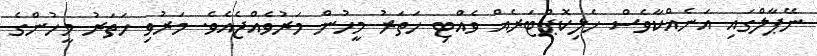
ނޭޕާލްގައި އަނެއްކާވެސް ހެލިކޮޕްޓަރެއް ވެއްޓި ހަތަރު މީހުން މަރުވެއްޖެއެވެ. މަރުވި ހަތަރު މީހުންގެ